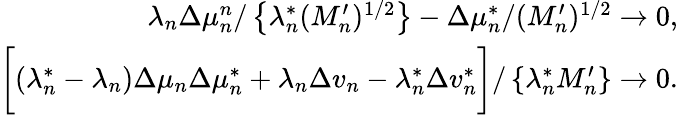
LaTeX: \begin{array}{r}{\lambda_{n}\Delta\mu_{n}^{n}/\left\{ \lambda_{n}^{*}(M_{n}^{\prime})^{1/2}\right\} -\Delta\mu_{n}^{*}/(M_{n}^{\prime})^{1/2}\to 0,}\\ {\biggr[(\lambda_{n}^{*}-\lambda_{n})\Delta\mu_{n}\Delta\mu_{n}^{*}+\lambda_{n}\Delta v_{n}-\lambda_{n}^{*}\Delta v_{n}^{*}\biggr]/\left\{ \lambda_{n}^{*}M_{n}^{\prime}\right\} \to 0.}\end{array}